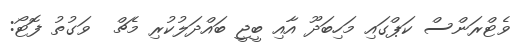
ވެޓްރަންސް ކަޕްގައި މަހިބަދޫ އާއި ބީޖީ ބައްދަލުކުރި މެޗް  ވަގުތު ފޮޓޯ: